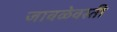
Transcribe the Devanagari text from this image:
जावळेवस्ती